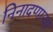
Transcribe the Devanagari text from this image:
निनादणाऱ्या